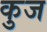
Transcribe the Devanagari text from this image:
कुज